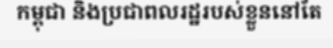
កម្ពុជា និងប្រជាពលរដ្ឋរបស់ខ្លួននៅតែ